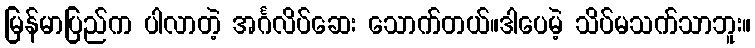
မြန်မာပြည်က ပါလာတဲ့ အင်္ဂလိပ်ဆေး သောက်တယ်။ဒါပေမဲ့ သိပ်မသက်သာဘူး။